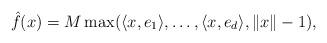
LaTeX: \begin{align*} \hat f(x) = M \max(\langle x, e_1\rangle, \dots, \langle x, e_d\rangle, \|x\| - 1), \end{align*}